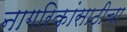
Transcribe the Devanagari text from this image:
नागरिकांसाठीचा